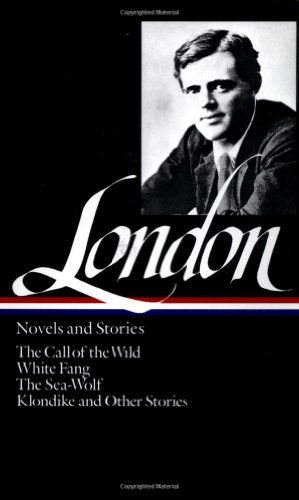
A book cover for Jack London : Novels and Stories : Call of the Wild / White Fang / The Sea-Wolf / Klondike and Other Stories (Library of America); Jack London; Literature & Fiction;